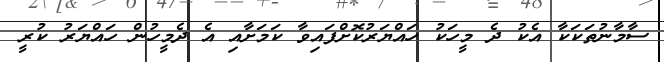
ސާމާނުތަކަކާ އެކު ދެ މީހަކު ހައްޔަރުކޮށްފައިވާ ކަމަށާއި އެ ދެމީހުން ހައްޔަރު ކުރީ